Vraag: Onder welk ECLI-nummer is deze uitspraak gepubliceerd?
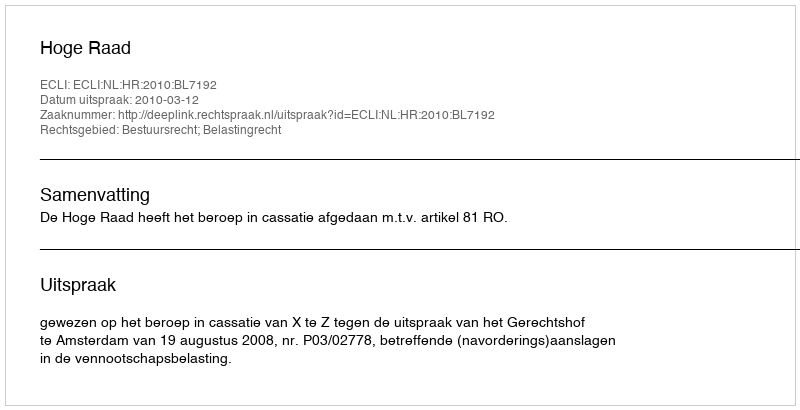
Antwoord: ECLI:NL:HR:2010:BL7192